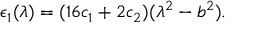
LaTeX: \epsilon _ { 1 } ( \lambda ) = ( 1 6 c _ { 1 } + 2 c _ { 2 } ) ( \lambda ^ { 2 } - b ^ { 2 } ) .